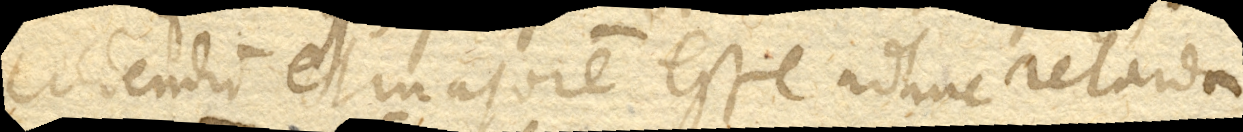
credendum et majorem esse adhuc retarda-